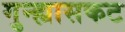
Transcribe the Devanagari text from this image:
गुन्ह्यासकट